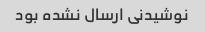
نوشیدنی ارسال نشده بود